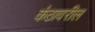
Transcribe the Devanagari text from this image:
कंठावरील